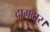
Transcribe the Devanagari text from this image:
दागदार।